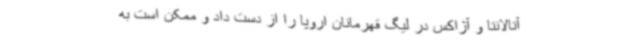
آتالانتا و آژاکس در لیگ قهرمانان اروپا را از دست داد و ممکن است به